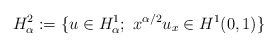
\begin{align*}H_{\alpha}^2:= \{ u\in H_{\alpha}^1;\ x^{\alpha /2} u_x\in H^1(0,1) \}\end{align*}